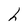
Character: h